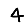
Digit: 4